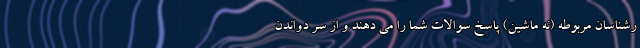
رشناسان مربوطه (نه ماشین) پاسخ سوالات شما را می دهند و از سر دواندن